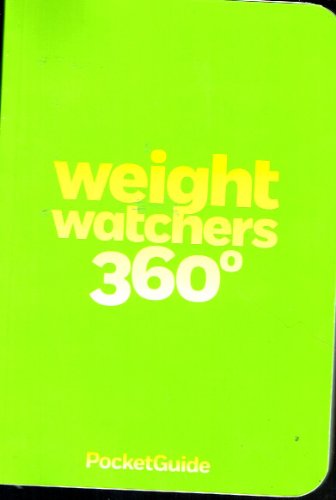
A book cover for Weight Watchers 360 Pocket Guide; Weight Watchers; Health, Fitness & Dieting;